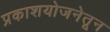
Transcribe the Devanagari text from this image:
प्रकाशयोजनेतून